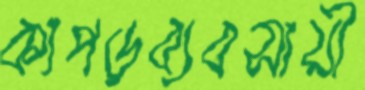
কাপড়ব্যবসায়ী